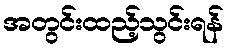
အတွင်းထည့်သွင်းရန်